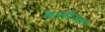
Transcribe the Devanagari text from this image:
चालींनंतर